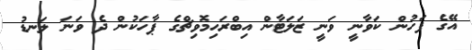
އޭގެ ފަހުން ކަވާނީ ވަނީ ޒަލަޓާން އިބްރަހިމޮވިޗްގެ ޕާހަކުން ދެ ވަނަ ލަނޑު